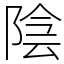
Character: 陰